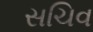
સચિવ